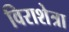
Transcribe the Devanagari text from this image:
विराशेत्रा